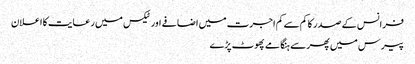
فرانس کے صدر کا کم سے کم اجرت میں اضافے اور ٹیکس میں رعایت کا اعلان
پیرس میں پھر سے ہنگامے پھوٹ پڑے